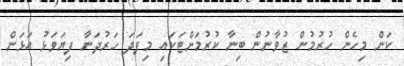
ކަން މިހެން ހުރުމުން ޒުވާނުން ބިނާ ކުރުމަށްޓަކައި މިފަދަ ހަރުދަނާ ފިޔަވަޅު އަޅަން